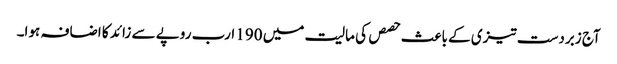
آج زبردست تیزی کے باعث حصص کی مالیت میں 190 ارب روپے سے زائد کا اضافہ ہوا۔